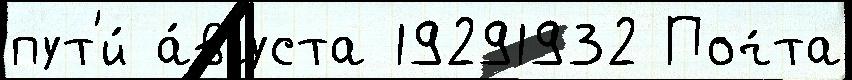
пут'и́ а́вгуста 19291932 Поч́та